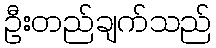
ဦးတည်ချက်သည်